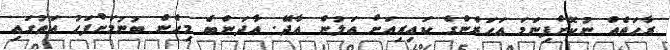
ރާހަތެއް ނުކޮށްފިނަމަ އަހަރެންގެ ކައިރިއަށް އަލުން އާދޭ. އާދަންބެ މިހެން ބުނުމަށްފަހު އަތުގައި